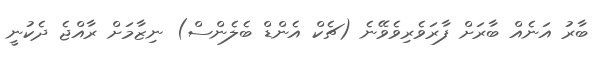
ބާރު އަނެއް ބާރަށް ފާރަވެރިވެވޭނެ (ޗެކް އެންޑް ބެލެންސް) ނިޒާމަށް ރާއްޖެ ދެކުނީ